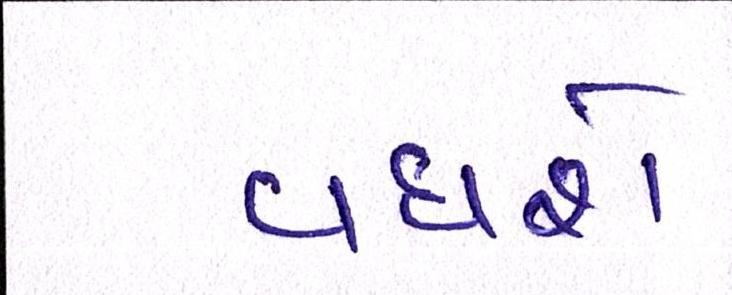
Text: વધશે